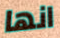
انها